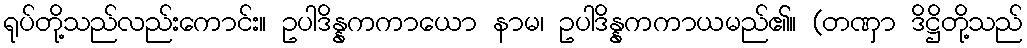
ရုပ်တို့သည်လည်းကောင်း။ ဥပါဒိန္နကကာယော နာမ၊ ဥပါဒိန္နကကာယမည်၏။ (တဏှာ ဒိဋ္ဌိတို့သည်